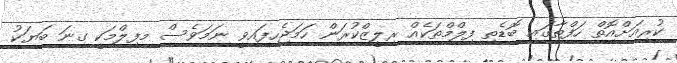
ކުރިއަށްއޮތް ހަފްތާގައި ބޮޑެތި ފިލްމްތަކެއް ރިލީޒްކުރަން ހަމަޖެހިފައިވީ ނަމަވެސް މފިލްމަކީ ގިނަ ބަޔަކު